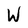
Character: W